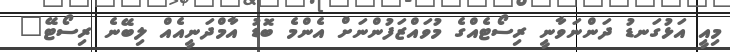
މިއީ އަޅުގަނޑު ދަންނަވާނީ ރިސޯޓެއްގެ މުވައްޒަފުންނަށް އެންމެ ބޮޑު އާމްދަނީއެއް ލިބޭނެ ރިސޯޓޭ"